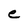
Character: e